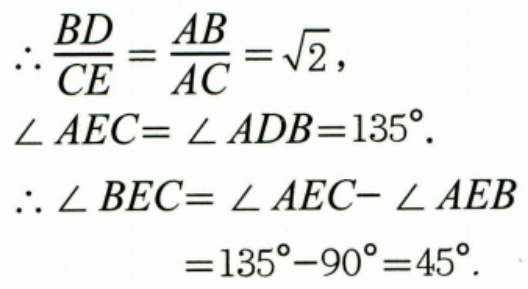
\(\therefore\frac{BD}{CE}=\frac{AB}{AC}=\sqrt{2}\),
\(\angle AEC = \angle ADB = 135^{\circ}\).
\(\therefore\angle BEC=\angle AEC - \angle AEB\)
\(=135^{\circ}-90^{\circ}=45^{\circ}\).